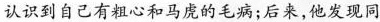
认识到自己有粗心和马虎的毛病；后来，他发现同